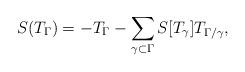
LaTeX: \begin{align*}S(T_\Gamma)=-T_\Gamma-\sum_{\gamma\subset\Gamma}S[T_\gamma]T_{\Gamma/\gamma}, \end{align*}